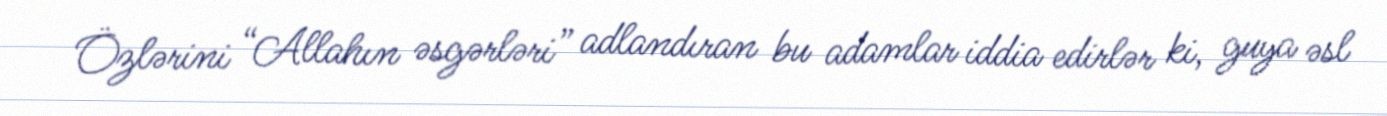
Özlərini “Allahın əsgərləri” adlandıran bu adamlar iddia edirlər ki, guya əsl